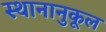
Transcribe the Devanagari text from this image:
स्थानानुकूल